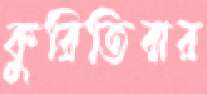
কুরিতিবার